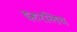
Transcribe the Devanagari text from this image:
इहरलिच